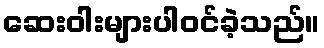
ဆေးဝါးများပါဝင်ခဲ့သည်။